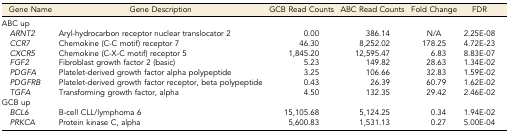
<table><thead><tr><td><b>Gene Name</b></td><td><b>Gene Description</b></td><td><b>GCB Read Counts</b></td><td><b>ABC Read Counts</b></td><td><b>Fold Change</b></td><td><b>FDR</b></td></tr></thead><tbody><tr><td>ABC up</td><td></td><td></td><td></td><td></td><td></td></tr><tr><td><i> ARNT2</i></td><td>Aryl-hydrocarbon receptor nuclear translocator 2</td><td>0.00</td><td>386.14</td><td>N/A</td><td>2.25E-08</td></tr><tr><td><i> CCR7</i></td><td>Chemokine (C-C motif) receptor 7</td><td>46.30</td><td>8,252.02</td><td>178.25</td><td>4.72E-23</td></tr><tr><td><i> CXCR5</i></td><td>Chemokine (C-X-C motif) receptor 5</td><td>1,845.20</td><td>12,595.47</td><td>6.83</td><td>8.83E-07</td></tr><tr><td><i> FGF2</i></td><td>Fibroblast growth factor 2 (basic)</td><td>5.23</td><td>149.82</td><td>28.63</td><td>1.34E-02</td></tr><tr><td><i> PDGFA</i></td><td>Platelet-derived growth factor alpha polypeptide</td><td>3.25</td><td>106.66</td><td>32.83</td><td>1.59E-02</td></tr><tr><td><i> PDGFRB</i></td><td>Platelet-derived growth factor receptor, beta polypeptide</td><td>0.43</td><td>26.39</td><td>60.79</td><td>1.62E-02</td></tr><tr><td><i> TGFA</i></td><td>Transforming growth factor, alpha</td><td>4.50</td><td>132.35</td><td>29.42</td><td>2.46E-02</td></tr><tr><td>GCB up</td><td></td><td></td><td></td><td></td><td></td></tr><tr><td><i> BCL6</i></td><td>B-cell CLL/lymphoma 6</td><td>15,105.68</td><td>5,124.25</td><td>0.34</td><td>1.94E-02</td></tr><tr><td><i> PRKCA</i></td><td>Protein kinase C, alpha</td><td>5,600.83</td><td>1,531.13</td><td>0.27</td><td>5.00E-04</td></tr></tbody></table>